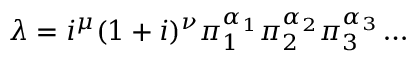
\lambda = i ^ { \mu } ( 1 + i ) ^ { \nu } \pi _ { 1 } ^ { \alpha _ { 1 } } \pi _ { 2 } ^ { \alpha _ { 2 } } \pi _ { 3 } ^ { \alpha _ { 3 } } \dots